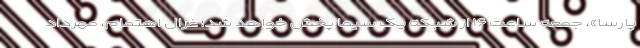
پارسا»، جمعه ساعت ۱۶ از شبکه یک سیما پخش خواهد شد؛ غزال اهتمام، مهرداد